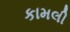
કામલી